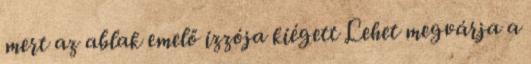
mert az ablak emelő izzója kiégett Lehet megvárja a